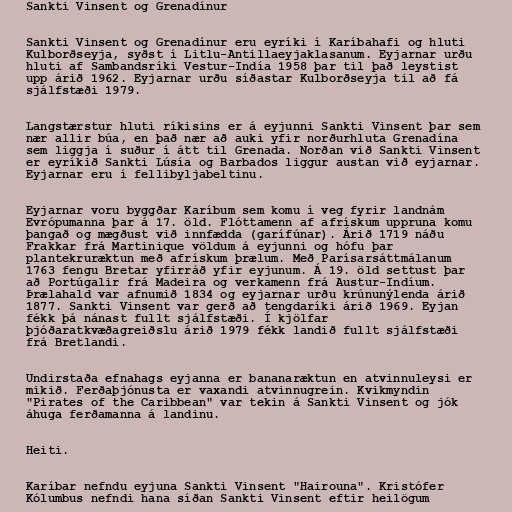
Sankti Vinsent og Grenadínur

Sankti Vinsent og Grenadínur eru eyríki í Karíbahafi og hluti
Kulborðseyja, syðst í Litlu-Antillaeyjaklasanum. Eyjarnar urðu
hluti af Sambandsríki Vestur-Indía 1958 þar til það leystist
upp árið 1962. Eyjarnar urðu síðastar Kulborðseyja til að fá
sjálfstæði 1979.

Langstærstur hluti ríkisins er á eyjunni Sankti Vinsent þar sem
nær allir búa, en það nær að auki yfir norðurhluta Grenadína
sem liggja í suður í átt til Grenada. Norðan við Sankti Vinsent
er eyríkið Sankti Lúsía og Barbados liggur austan við eyjarnar.
Eyjarnar eru í fellibyljabeltinu.

Eyjarnar voru byggðar Karíbum sem komu í veg fyrir landnám
Evrópumanna þar á 17. öld. Flóttamenn af afrískum uppruna komu
þangað og mægðust við innfædda (garífúnar). Árið 1719 náðu
Frakkar frá Martinique völdum á eyjunni og hófu þar
plantekruræktun með afrískum þrælum. Með Parísarsáttmálanum
1763 fengu Bretar yfirráð yfir eyjunum. Á 19. öld settust þar
að Portúgalir frá Madeira og verkamenn frá Austur-Indíum.
Þrælahald var afnumið 1834 og eyjarnar urðu krúnunýlenda árið
1877. Sankti Vinsent var gerð að tengdaríki árið 1969. Eyjan
fékk þá nánast fullt sjálfstæði. Í kjölfar
þjóðaratkvæðagreiðslu árið 1979 fékk landið fullt sjálfstæði
frá Bretlandi.

Undirstaða efnahags eyjanna er bananaræktun en atvinnuleysi er
mikið. Ferðaþjónusta er vaxandi atvinnugrein. Kvikmyndin
"Pirates of the Caribbean" var tekin á Sankti Vinsent og jók
áhuga ferðamanna á landinu.

Heiti.

Karíbar nefndu eyjuna Sankti Vinsent "Hairouna". Kristófer
Kólumbus nefndi hana síðan Sankti Vinsent eftir heilögum